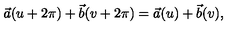
\vec { a } ( u + 2 \pi ) + \vec { b } ( v + 2 \pi ) = \vec { a } ( u ) + \vec { b } ( v ) ,